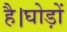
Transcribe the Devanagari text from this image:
है।घोड़ों